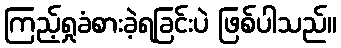
ကြည့်ရှုခံစားခဲ့ရခြင်းပဲ ဖြစ်ပါသည်။